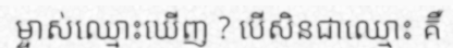
ម្ចាស់ឈ្មោះឃើញ ? បើសិនជាឈ្មោះ គឺ